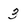
Character: 3